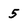
Character: 5